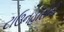
ટાઉનહૉસની